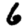
Digit: 6